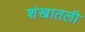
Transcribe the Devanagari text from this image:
शंखातली